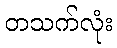
တသက်လုံး